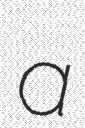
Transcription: a